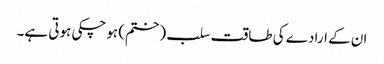
ان کے ارادے کی طاقت سلب (ختم) ہوچکی ہوتی ہے۔